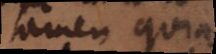
tamen, quia